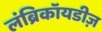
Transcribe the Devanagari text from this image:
लंब्रिकॉयडीज़